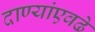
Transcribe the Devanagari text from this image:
दाण्यांएवढे